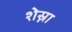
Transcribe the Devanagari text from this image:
शेस्ना